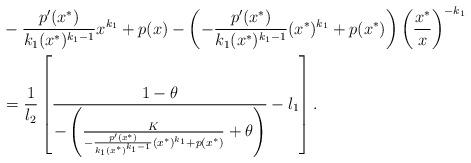
LaTeX: \begin{align*}\begin{aligned}&-\frac{p'(x^{*})}{k_1(x^{*})^{k_1-1}}x^{k_1}+p(x)-\left(-\frac{p'(x^{*})}{k_1(x^{*})^{k_1-1}}(x^{*})^{k_1}+p(x^{*})\right)\left(\frac{x^{*}}{x}\right)^{-k_1}\\&=\frac{1}{l_2}\left[\frac{1-\theta}{-\left(\frac{K}{-\frac{p'(x^{*})}{k_1(x^{*})^{k_1-1}}(x^{*})^{k_1}+p(x^{*})}+\theta\right)}-l_1\right].\end{aligned}\end{align*}